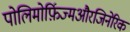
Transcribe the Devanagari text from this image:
पोलिमोर्फ़िज्मऔरजिनेरिक